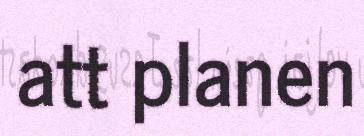
att planen